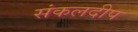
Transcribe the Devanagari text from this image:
संकलदीप